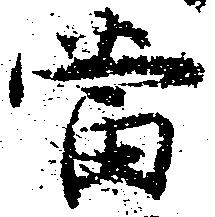
当